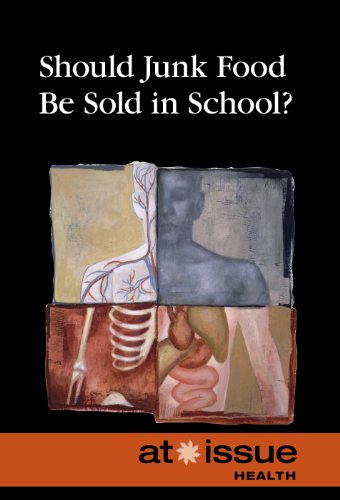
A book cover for Should Junk Food Be Sold in Schools? (At Issue); Roman Espejo; Teen & Young Adult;